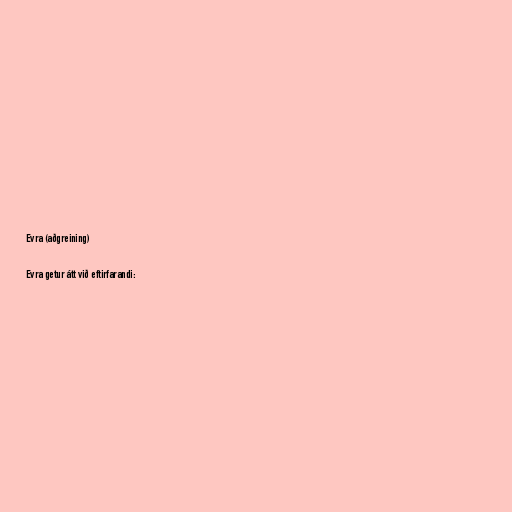
Evra (aðgreining)

Evra getur átt við eftirfarandi: